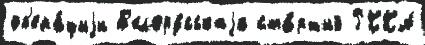
оп'ера́циjи Б'елору́сскаjа ста́рший РККА